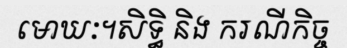
មោឃៈ។សិទ្ធិ និង ករណីកិច្ច